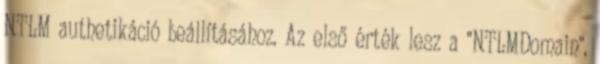
NTLM authetikáció beállításához. Az első érték lesz a "NTLMDomain",